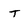
Character: T